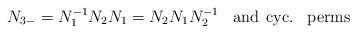
LaTeX: \begin{align*}N_{3-}=N_{1}^{-1}N_{2}N_{1}=N_{2}N_{1}N_{2}^{-1} \hspace{10pt} {\rm and}\hspace{5pt}{\rm cyc. \hspace{10pt}perms}\end{align*}